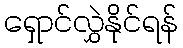
ရှောင်လွှဲနိုင်ရန်